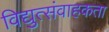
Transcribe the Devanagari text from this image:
विद्युत्संवाहकता